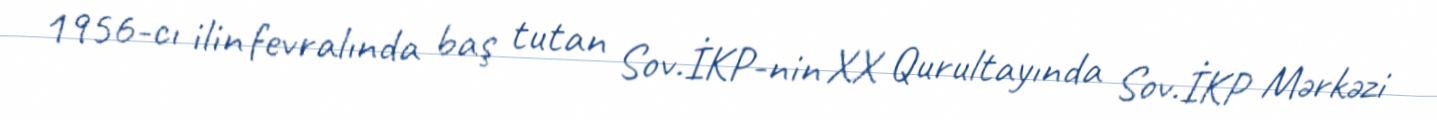
1956-cı ilin fevralında baş tutan Sov.İKP-nin XX Qurultayında Sov.İKP Mərkəzi